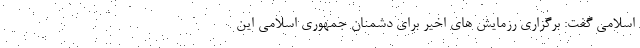
اسلامی گفت: برگزاری رزمایش های اخیر برای دشمنان جمهوری اسلامی این